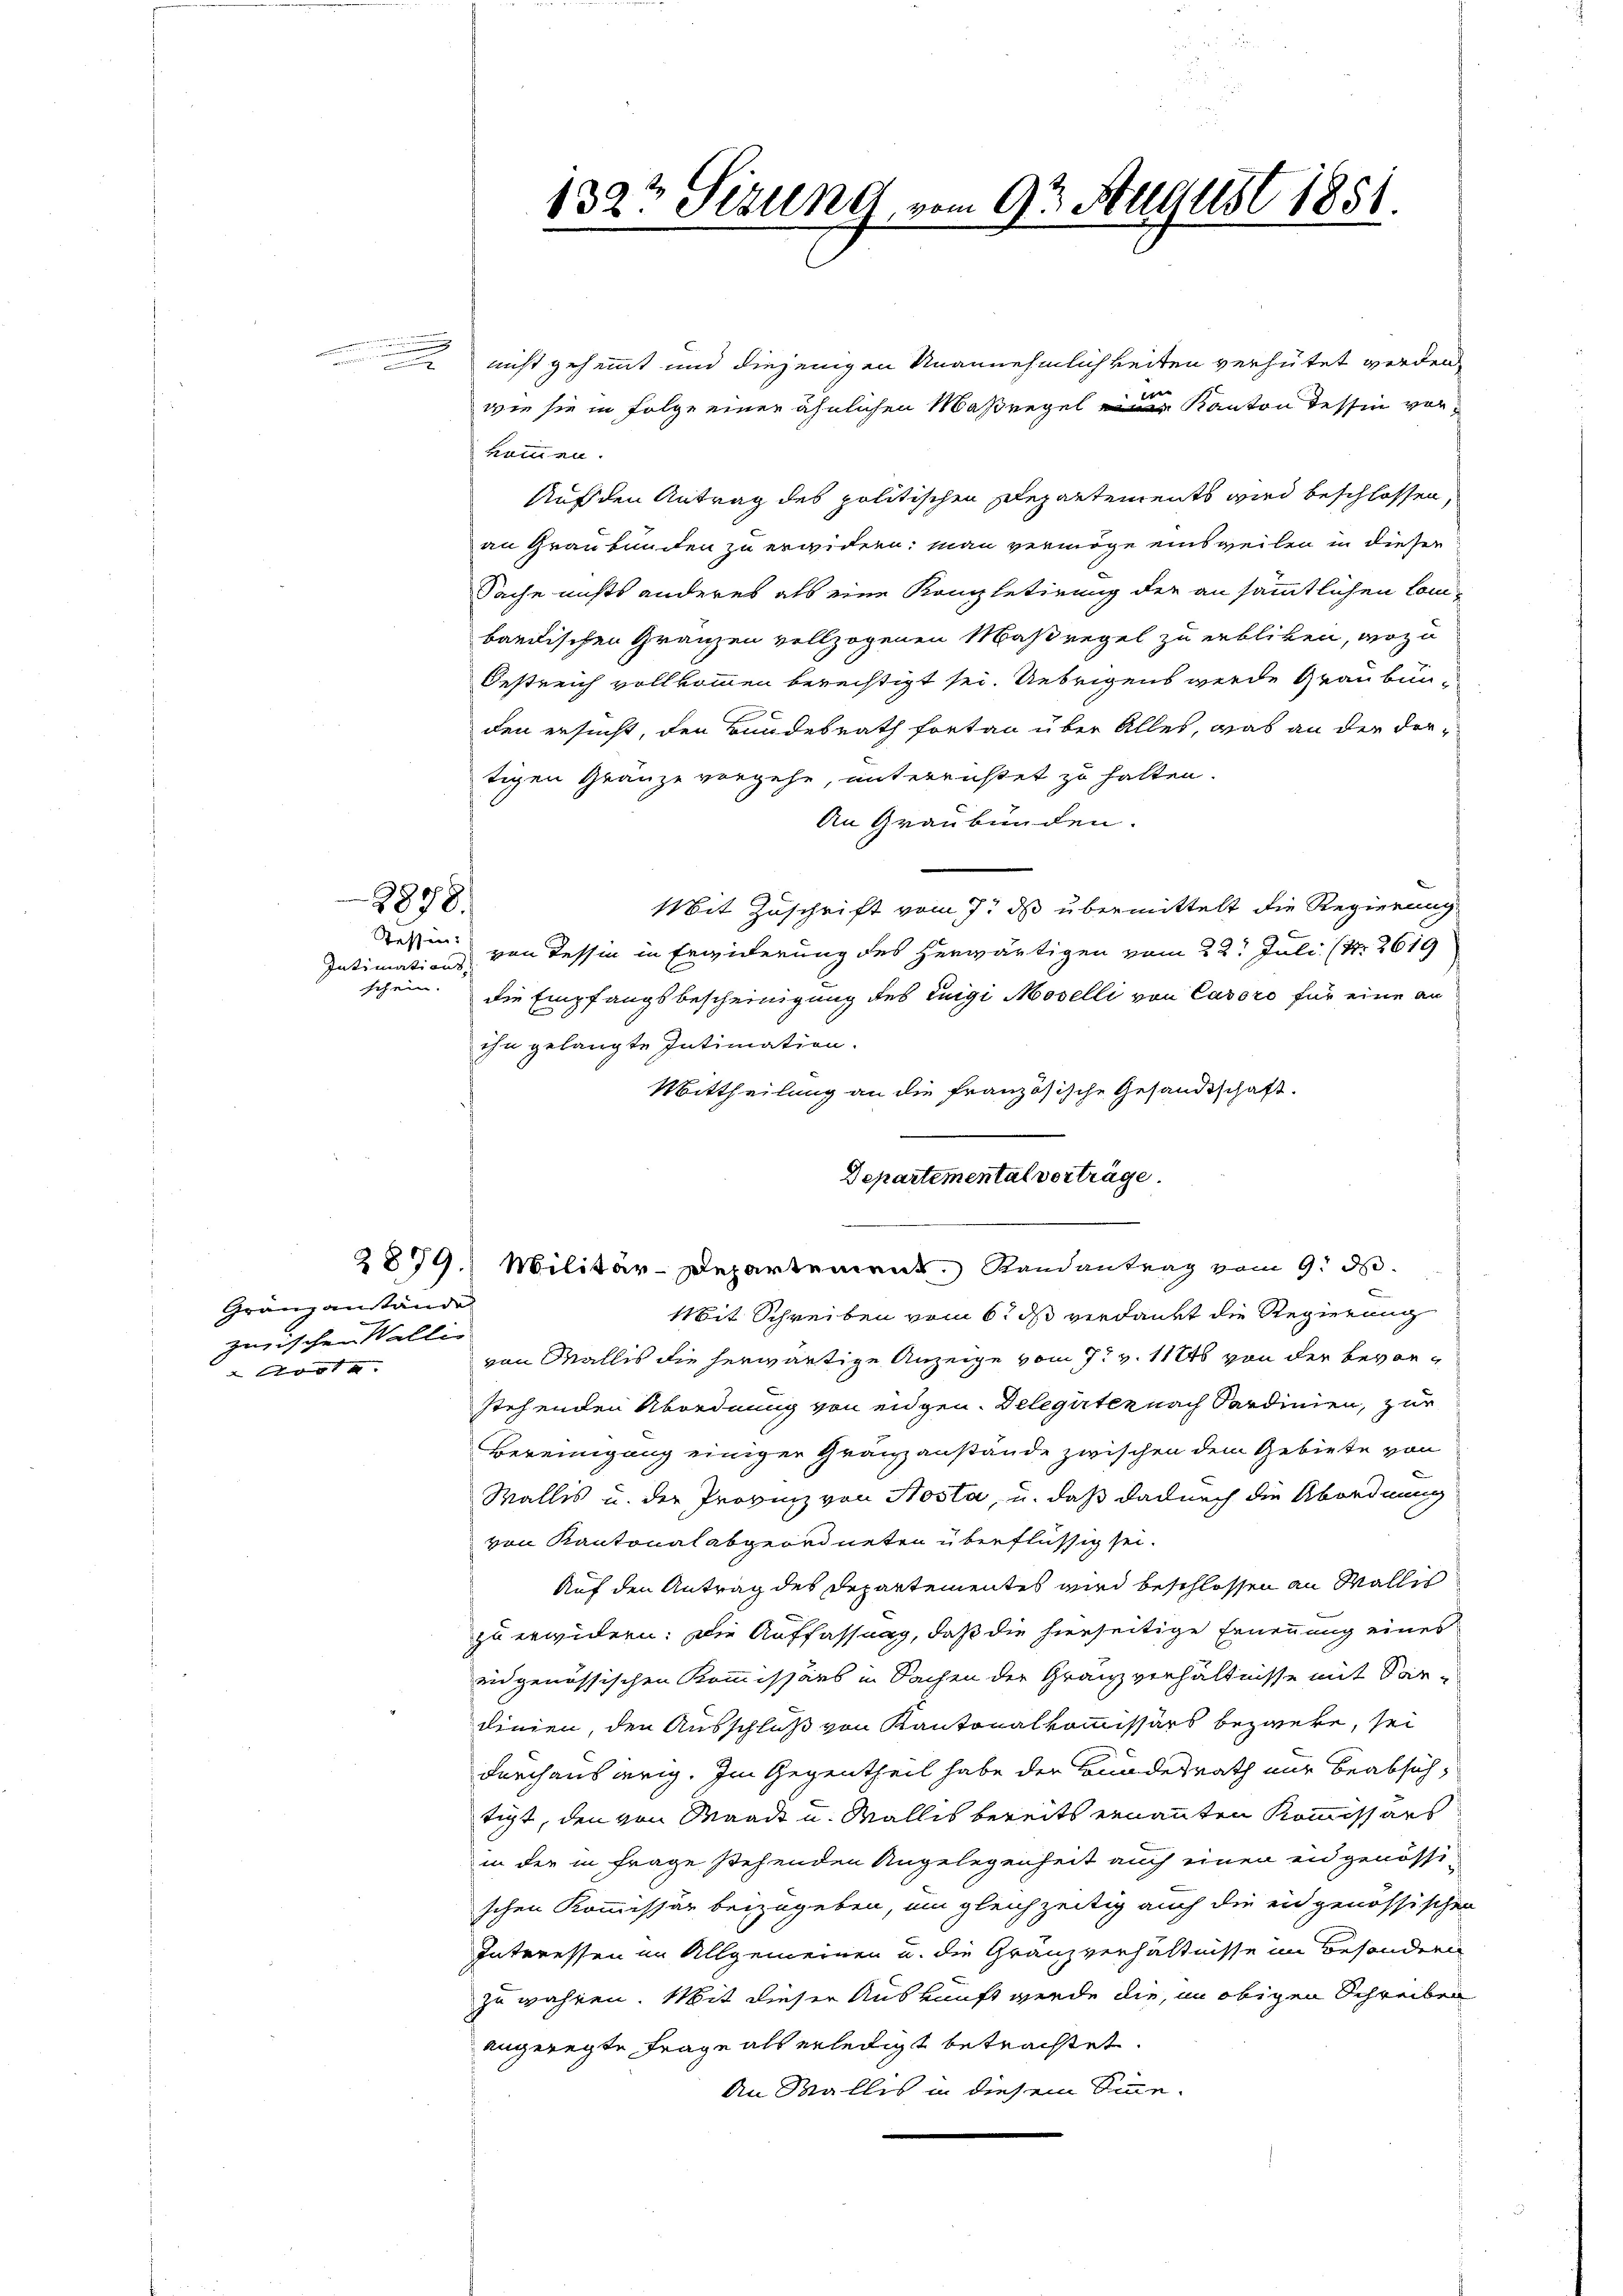
m

Intimations

3878.

schein. |

nicht gehemmt und diejenigen Unannehmlichkeiten verhütet werden
 |
wie sie in Folge einer ähnlichen Maßregel eine Kanton Tessin vorkommen.
Auf den Antrag des politischen Repartements wird beschlossen,
an Graubünden zu erwidern: Man vermöge einsweilen in dieser
Sache nichts anderes als eine Kompletirung der an sämmtlichen Combardischen Gränzen vollzogenen Maßregel zu erblicken, wozu
Oestreich vollkommen berechtigt sei. Uebrigens werde Graubünden ersucht, den Bundesrath fortan über Alles, was an der dortigen Gränze vorgehe, unterrüstet zu halten.
An Graubünden.
Mit Zuschrift vom 7. ds übermittelt die Regierung
Resten von Tessin in Erwiderung des herwärtigen vom 22t Juli (Nr. 2619
die Empfangsbescheinigung des Luigi Moselli von Cavoro für eine an
ihn gelangte Intimation.
Mittheilung an die französische Gesandtschaft.
Departemental verträge.
d
2879.) Militär-Departement Randantrag vom 9. d.
Mit Schreiben vom 6. ds verdankt die Regierung
von Wallis die herwärtige Anzeige vom 7t v. 1126 von der bevorstehenden Abordnung von eidgen. Delegirten nach Sardinien, zur
Bereinigung einiger Gränzanstände zwischen dem Gebiete von
Wallis u. der Provinz von Kosta, u. daß dadurch die Abordnung
von Kantonal abgeordneten überflüssig sei.
Auf den Antrag des Departementes wird beschlossen an Wallis
zu erwidern: Die Auffassung, daß die hierseitige Ernennung eines
eidgenössischen Kommissärs in Sachen der Granz verhältnisse mit Pardinien, den Ausschluß von Kantonalkommissärs bezweke, sei
durchausierig. Im Gegentheil habe der Bundesrath nur beabsichtigt, den von Waadt u. Wallis bereits ernannten Kommissärs
in der in Frage stehenden Angelegenheit auch einen eidgenössischen Kommissär beizugeben, um gleichzeitig auch die eidgenössischen
Interessen im Allgemeinen u. die Gränzverhältnisse im Besonderl
zu währen. Mit dieser Auskunft werde die, in obigen Schreiben
angeregte Frage als erledigt betrachtet.
An Wallis in diesem Sinne.

Gränzanstände
zerischen Walli

1323 Sizung vom 9ten August 1851
e